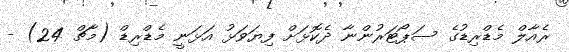
ރެއާލް މެޑްރިޑުގެ ސަޕޯޓަރުންނާ ދެކޮޅަށް ފިޔަވަޅު އަޅަނީ މެޑްރިޑް (މާޗް 24) -